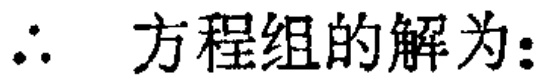
\(\therefore\) 方程组的解为：